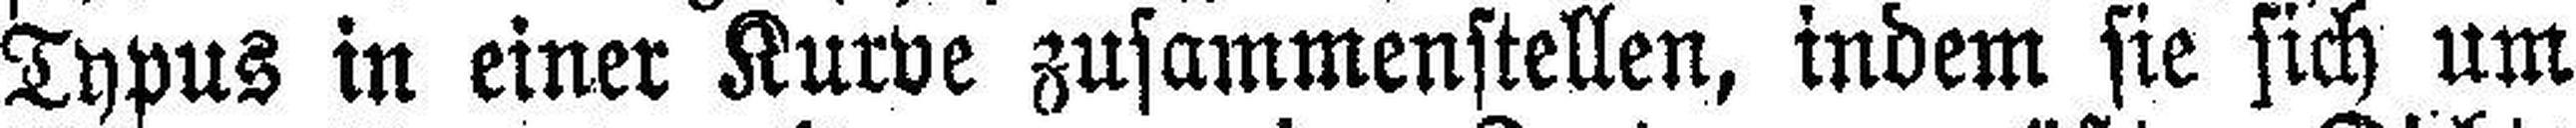
Typus in einer Kurve zusammenstellen, indem sie sich um